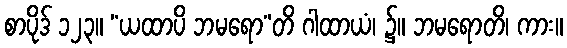
စာပိုဒ် ၁၂၃။ “ယထာပိ ဘမရော”တိ ဂါထာယံ၊ ၌။ ဘမရောတိ၊ ကား။